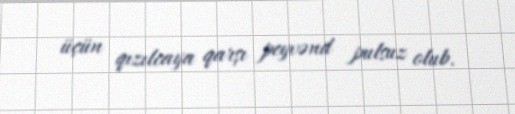
üçün qızılcaya qarşı peyvənd pulsuz olub.